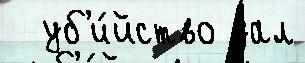
  уб'и́йство дал